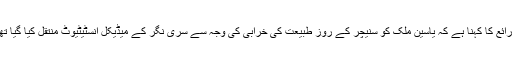
ذرائع کا کہنا ہے کہ یاسین ملک کو سنیچر کے روز طبیعت کی خرابی کی وجہ سے سری نگر کے میڈیکل انسٹیٹیوٹ منتقل کیا گیا تھا۔